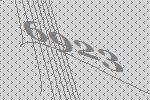
6923